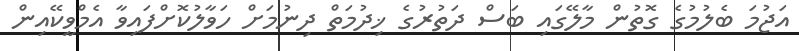
އަޖުމަ ބެލުމުގެ ގޮތުން މާލޭގައި ބަސް ދަތުރުގެ ޚިދުމަތް ދިނުމަށް ހަވާލުކޮށްފައިވާ އެމްވީކޭއިން